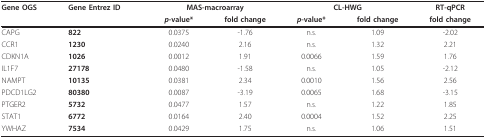
| Gene OGS | Gene Entrez ID | <COLSPAN=2> MAS-macroarray | <COLSPAN=2> CL-HWG | RT-qPCR |
 |  |  | p-value* | fold change | p-value* | fold change | fold change |
 | --- | --- | --- | --- | --- | --- | --- |
 | CAPG | 822 | 0.0375 | -1.76 | n.s. | 1.09 | -2.02 |
 | CCR1 | 1230 | 0.0240 | 2.16 | n.s. | 1.32 | 2.21 |
 | CDKN1A | 1026 | 0.0012 | 1.91 | 0.0066 | 1.59 | 1.76 |
 | IL1F7 | 27178 | 0.0480 | -1.58 | n.s. | 1.05 | -2.12 |
 | NAMPT | 10135 | 0.0381 | 2.34 | 0.0010 | 1.56 | 2.56 |
 | PDCD1LG2 | 80380 | 0.0087 | -3.19 | 0.0065 | 1.68 | -3.15 |
 | PTGER2 | 5732 | 0.0477 | 1.57 | n.s. | 1.22 | 1.85 |
 | STAT1 | 6772 | 0.0164 | 2.40 | 0.0004 | 1.52 | 2.25 |
 | YWHAZ | 7534 | 0.0429 | 1.75 | n.s. | 1.06 | 1.51 |